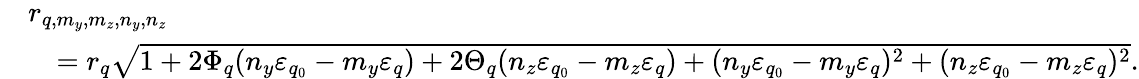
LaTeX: \begin{array}{rl}&{r_{q,m_{y},m_{z},n_{y},n_{z}}}\\ &{\quad=r_{q}\sqrt{1+2\Phi_{q}(n_{y}\varepsilon_{q_{0}}-m_{y}\varepsilon_{q})+2\Theta_{q}(n_{z}\varepsilon_{q_{0}}-m_{z}\varepsilon_{q})+(n_{y}\varepsilon_{q_{0}}-m_{y}\varepsilon_{q})^{2}+(n_{z}\varepsilon_{q_{0}}-m_{z}\varepsilon_{q})^{2}}.}\end{array}